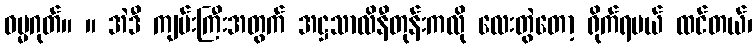
ဓမ္မဂုတ်။ ။ အဲဒီ ကျမ်းကြီးအတွက် အဋ္ဌသာလိနီတုန်းကလို လေးတွဲတော့ ရိုက်ရမယ် ထင်တယ်၊